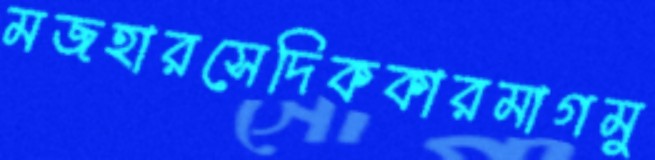
মজহারসেদিককারমাগমু